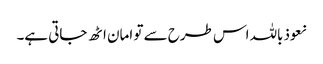
نعوذباللہ اس طرح سے تو امان اٹھ جاتی ہے۔